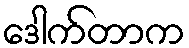
ဒေါက်တာက